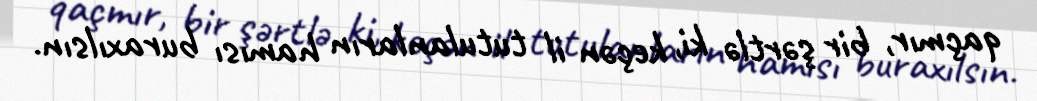
qaçmır, bir şərtlə ki, keçən il tutulanların hamısı buraxılsın.